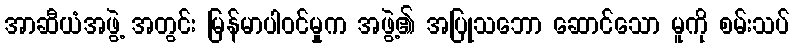
အာဆီယံအဖွဲ့ အတွင်း မြန်မာပါဝင်မှုက အဖွဲ့၏ အပြုသဘော ဆောင်သော မူကို စမ်းသပ်